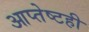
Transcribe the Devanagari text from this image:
आप्तेष्टही